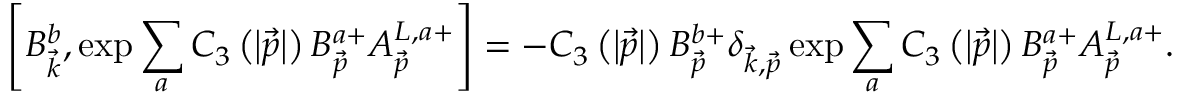
\left[ B _ { \vec { k } } ^ { b } , \exp \sum _ { a } C _ { 3 } \left( \left| \vec { p } \right| \right) B _ { \vec { p } } ^ { a + } A _ { \vec { p } } ^ { L , a + } \right] = - C _ { 3 } \left( \left| \vec { p } \right| \right) B _ { \vec { p } } ^ { b + } \delta _ { \vec { k } , \vec { p } } \exp \sum _ { a } C _ { 3 } \left( \left| \vec { p } \right| \right) B _ { \vec { p } } ^ { a + } A _ { \vec { p } } ^ { L , a + } .